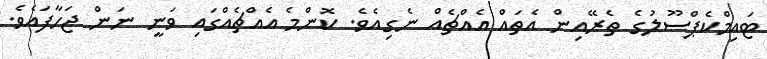
ޓައިމްކެޕްސޫލުގެ ތެރޭއިން އެތައް އެއްޗެއް ނެގިއެވެ. ކޮންމެ އެއްޗެއްގައި ވަނީ ނަން ޖަހާފައެވެ.